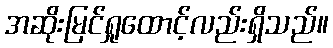
အဆိုးမြင်ရှုထောင့်လည်းရှိသည်။